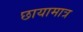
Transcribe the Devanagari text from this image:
छायामात्र